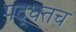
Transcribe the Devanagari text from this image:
पद्धतच